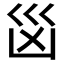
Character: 𭗾